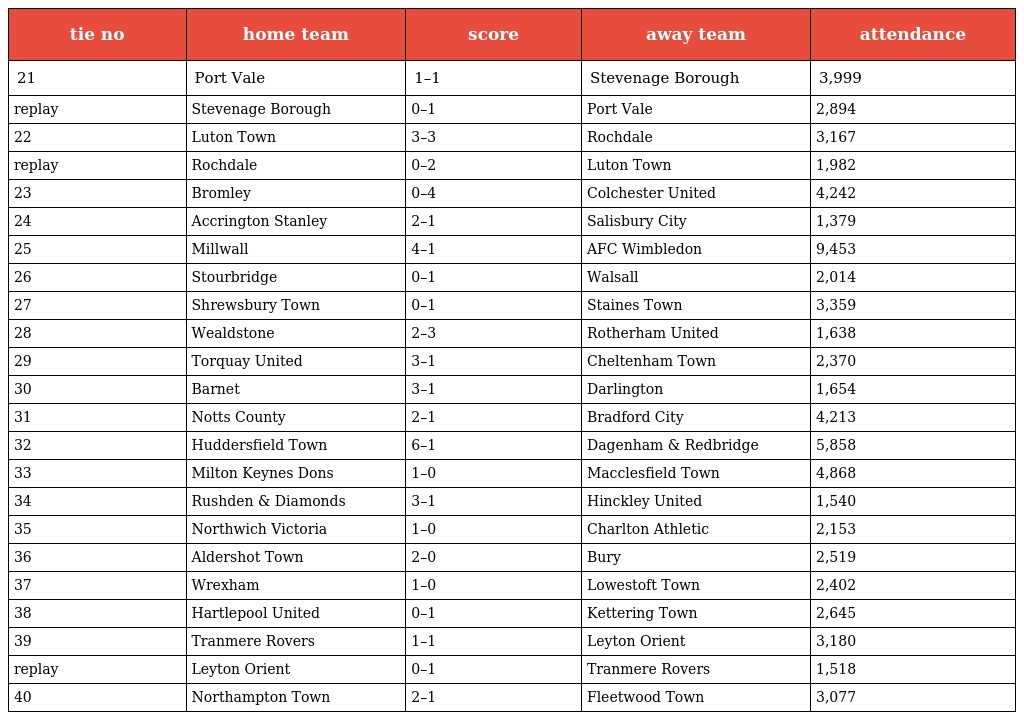
| tie no | home team | score | away team | attendance |
 | --- | --- | --- | --- | --- |
 | 21 | Port Vale | 1–1 | Stevenage Borough | 3,999 |
 | replay | Stevenage Borough | 0–1 | Port Vale | 2,894 |
 | 22 | Luton Town | 3–3 | Rochdale | 3,167 |
 | replay | Rochdale | 0–2 | Luton Town | 1,982 |
 | 23 | Bromley | 0–4 | Colchester United | 4,242 |
 | 24 | Accrington Stanley | 2–1 | Salisbury City | 1,379 |
 | 25 | Millwall | 4–1 | AFC Wimbledon | 9,453 |
 | 26 | Stourbridge | 0–1 | Walsall | 2,014 |
 | 27 | Shrewsbury Town | 0–1 | Staines Town | 3,359 |
 | 28 | Wealdstone | 2–3 | Rotherham United | 1,638 |
 | 29 | Torquay United | 3–1 | Cheltenham Town | 2,370 |
 | 30 | Barnet | 3–1 | Darlington | 1,654 |
 | 31 | Notts County | 2–1 | Bradford City | 4,213 |
 | 32 | Huddersfield Town | 6–1 | Dagenham & Redbridge | 5,858 |
 | 33 | Milton Keynes Dons | 1–0 | Macclesfield Town | 4,868 |
 | 34 | Rushden & Diamonds | 3–1 | Hinckley United | 1,540 |
 | 35 | Northwich Victoria | 1–0 | Charlton Athletic | 2,153 |
 | 36 | Aldershot Town | 2–0 | Bury | 2,519 |
 | 37 | Wrexham | 1–0 | Lowestoft Town | 2,402 |
 | 38 | Hartlepool United | 0–1 | Kettering Town | 2,645 |
 | 39 | Tranmere Rovers | 1–1 | Leyton Orient | 3,180 |
 | replay | Leyton Orient | 0–1 | Tranmere Rovers | 1,518 |
 | 40 | Northampton Town | 2–1 | Fleetwood Town | 3,077 |